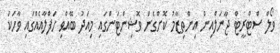
ވޯލް ސްޓްރީޓް ޖާނަލްއިން އިންތިޒާމު ކޮށްގެން ވޮޝިންޓަންގައި މިއަދު ބޭއްވި ހަފްލާއެއްގައި ވާހަކަ